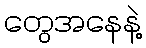
တွေအနေနဲ့